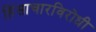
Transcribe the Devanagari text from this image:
हिंसाचारविरोधी